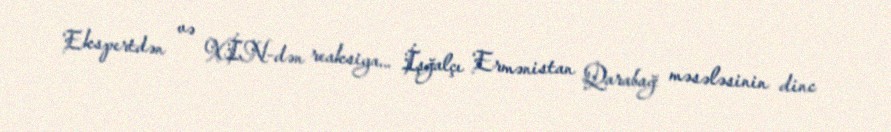
Ekspertdən və XİN-dən reaksiya... İşğalçı Ermənistan Qarabağ məsələsinin dinc